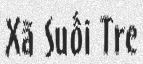
Xã Suối Tre